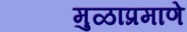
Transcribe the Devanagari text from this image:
मुळाप्रमाणे